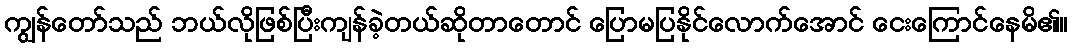
ကျွန်တော်သည် ဘယ်လိုဖြစ်ပြီးကျန်ခဲ့တယ်ဆိုတာတောင် ပြောမပြနိုင်လောက်အောင် ငေးကြောင်နေမိ၏။